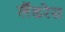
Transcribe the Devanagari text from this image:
लैंडरेस